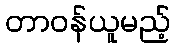
တာဝန်ယူမည့်